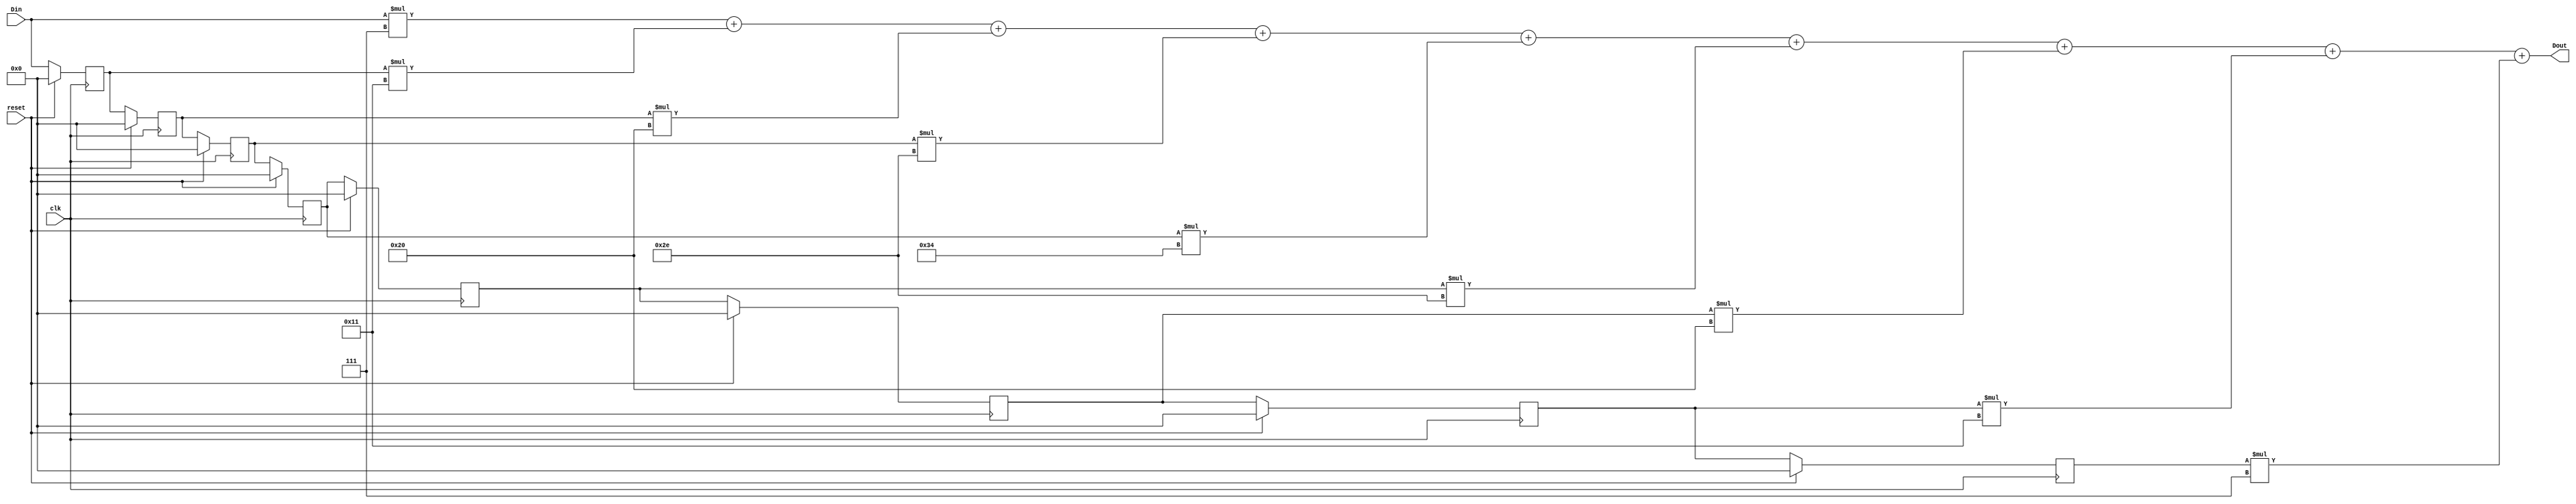
module FIR(Dout, Din, clk, reset);

parameter b0=7;
parameter b1=17;
parameter b2=32;
parameter b3=46;
parameter b4=52;
parameter b5=46;
parameter b6=32;
parameter b7=17;
parameter b8=7;

output	[17:0]	Dout;
input 	[7:0] 	Din;
input 		clk, reset;

reg [7:0] s1_reg;
reg [7:0] s2_reg;
reg [7:0] s3_reg;
reg [7:0] s4_reg;
reg [7:0] s5_reg;
reg [7:0] s6_reg;
reg [7:0] s7_reg;
reg [7:0] s8_reg;

always@(posedge clk)
begin
    if(reset)
    begin
        s1_reg <= 8'd0;
        s2_reg <= 8'd0;
        s3_reg <= 8'd0;
        s4_reg <= 8'd0;
        s5_reg <= 8'd0;
        s6_reg <= 8'd0;
        s7_reg <= 8'd0;
        s8_reg <= 8'd0;
    end
    else
    begin
        s1_reg <= Din;
        s2_reg <= s1_reg;
        s3_reg <= s2_reg;
        s4_reg <= s3_reg;
        s5_reg <= s4_reg;
        s6_reg <= s5_reg;
        s7_reg <= s6_reg;
        s8_reg <= s7_reg;
    end
end

assign Dout = Din*b0 + s1_reg*b1 + s2_reg*b2 + s3_reg*b3 + s4_reg*b4
 + s5_reg*b5 + s6_reg*b6 + s7_reg*b7 + s8_reg*b8;// no need to synchronous with clk


endmodule